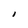
Character: l